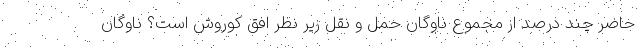
حاضر چند درصد از مجموع ناوگان حمل و نقل زیر نظر افق کوروش است؟ ناوگان